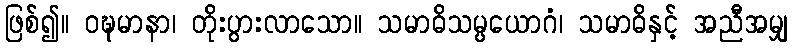
ဖြစ်၍။ ဝဍ္ဎမာနာ၊ တိုးပွားလာသော။ သမာဓိသမ္ပယောဂံ၊ သမာဓိနှင့် အညီအမျှ